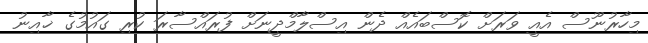
މިހާރުނޫސް އެއީ ވަރަށް ކޮސްބައެއް ދެން އިސްލާމްދީނަށް ފުރައްސާރަ ކުރި ގައުމުގެ ޚާއިނު